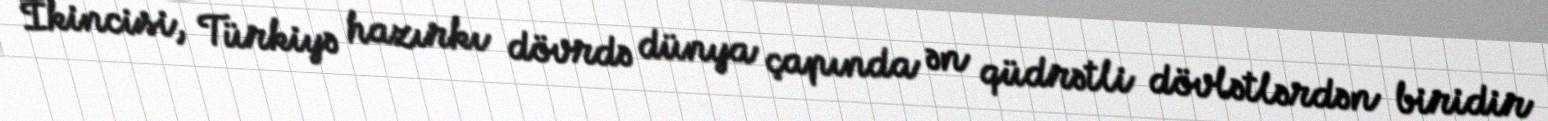
İkincisi, Türkiyə hazırkı dövrdə dünya çapında ən qüdrətli dövlətlərdən biridir